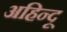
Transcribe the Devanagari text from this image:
अहिन्दू